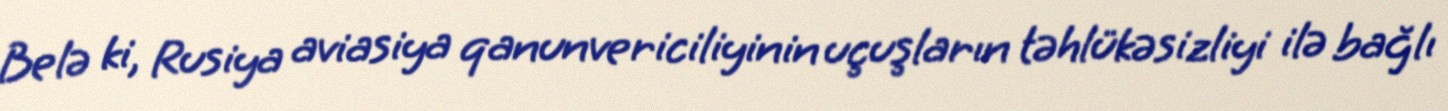
Belə ki, Rusiya aviasiya qanunvericiliyinin uçuşların təhlükəsizliyi ilə bağlı